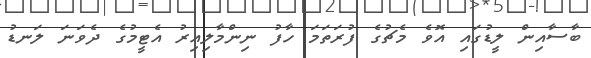
ބާސާއިން ލީޑުގައި އޮވެ މެޗުގެ ފުރަތަމަ ހާފު ނިންމާލިއިރު އެޓީމުގެ ދެވަނަ ލަނޑު